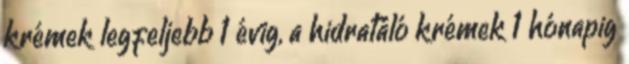
krémek legfeljebb 1 évig, a hidratáló krémek 1 hónapig